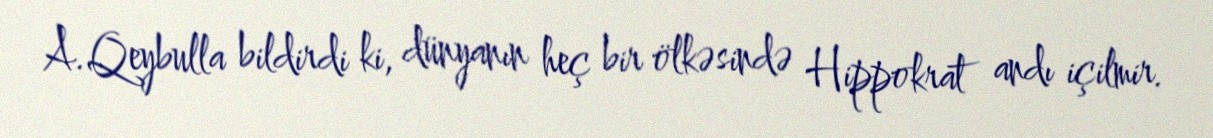
A.Qeybulla bildirdi ki, dünyanın heç bir ölkəsində Hippokrat andı içilmir.